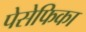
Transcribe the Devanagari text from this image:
पेसेफिका